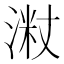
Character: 𱧦